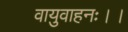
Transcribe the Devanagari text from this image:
वायुवाहनः।।